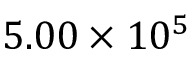
{ 5 . 0 0 \times 1 0 ^ { 5 } }